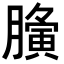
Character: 𮍀